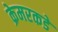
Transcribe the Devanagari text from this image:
क्रेमरकडे